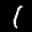
Label: 1